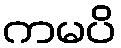
ကမပိ